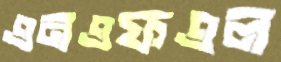
এনএফএল